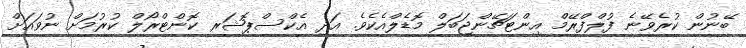
ބޭނުން ކުރެވޭނެ ފުލްފްރޭމް އިންޓަޗޭންޖަބަލް މޮޑެލްއެކެވެ. އަދި އެކްސްޕޮޝަރ ކޮންޓްރޯލް ކުރުމަށް ނުވައަށް